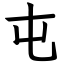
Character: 屯